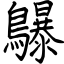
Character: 鸔